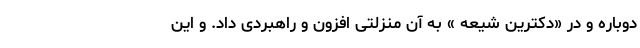
دوباره و در «دکترین شیعه » به آن منزلتی افزون و راهبردی داد. و این